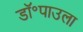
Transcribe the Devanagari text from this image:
डॉ॰पाउला